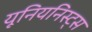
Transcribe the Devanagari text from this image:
यूनियनिस्ट्स